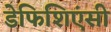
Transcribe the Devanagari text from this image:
डेफिशिएंसी